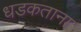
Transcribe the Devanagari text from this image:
धडकताना